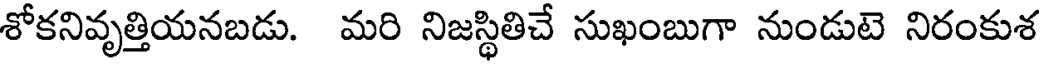
శోకనివృత్తియనబడు. మరి నిజస్థితిచే సుఖంబుగా నుండుటె నిరంకుశ